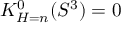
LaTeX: K _ { H = n } ^ { 0 } ( S ^ { 3 } ) = 0